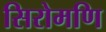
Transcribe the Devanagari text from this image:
सिरोमणि